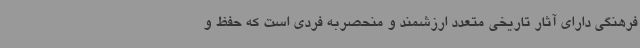
فرهنگی دارای آثار تاریخی متعدد ارزشمند و منحصربه فردی است که حفظ و